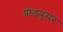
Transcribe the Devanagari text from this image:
प्रोडयुसर